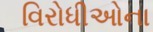
વિરોધીઓના